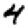
Digit: 4